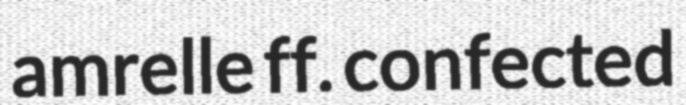
amrelle ff. confected